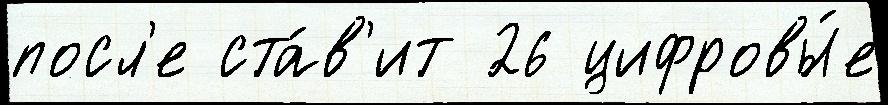
посл'е ста́в'ит 26 цифровы́е